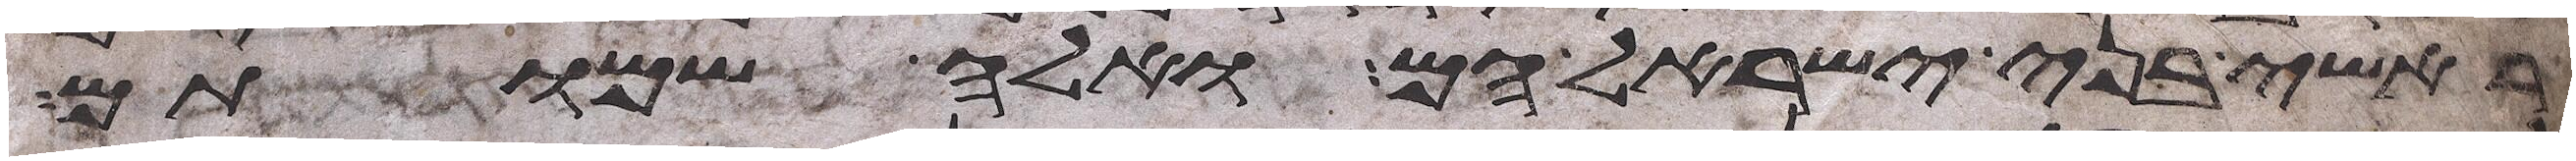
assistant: ראשי בני ישראל הם ואלה שמותם